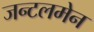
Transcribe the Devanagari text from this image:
जन्टलमेन